Report of the Bombay Veterinary College
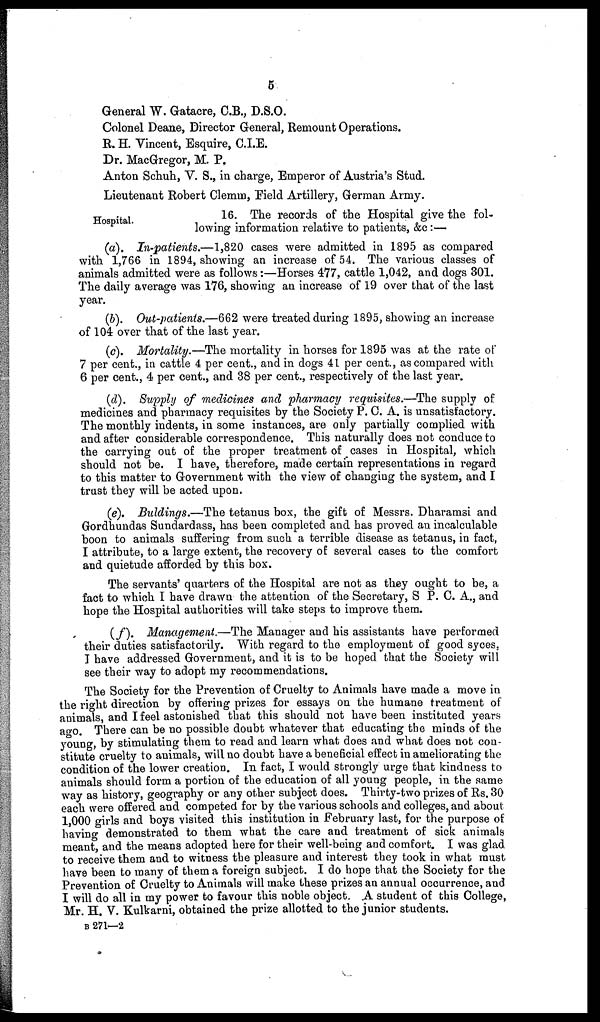
5
General W. Gatacre, C.B., D.S.O.
Colonel Deane, Director General, Remount Operations.
R. H. Vincent, Esquire, C.I.E.
Dr. MacGregor, M. P.
Anton Schuh, V. S., in charge, Emperor of Austria's Stud.
Lieutenant Robert Clemm, Field Artillery, German Army.
Hospital.
16. The records of the Hospital give the following information
(a). In-patients.—1,820 cases were admitted in 1895 as compared
with 1,766 in 1894, showing an increase of 54. The various classes of
animals admitted were as follows:—Horses 477, cattle 1,042, and dogs 301.
The daily average was 176, showing an increase of 19 over that of the last
year.
(b). Out-patients.—662 were treated during 1895, showing an increase
of 104 over that of the last year.
(c). Mortality.—The mortality in horses for 1895 was at the rate of
7 per cent., in cattle 4 per cent., and in dogs 41 per cent., as compared with
6 per cent., 4 per cent., and 38 per cent., respectively of the last year.
(d). Supply of medicines and pharmacy requisites.—The supply of
medicines and pharmacy requisites by the Society P. C. A. is unsatisfactory.
The monthly indents, in some instances, are only partially complied with
and after considerable correspondence. This naturally does not conduce to
the carrying out of the proper treatment of cases in Hospital, which
should not be. I have, therefore, made certain representations in regard
to this matter to Government with the view of changing the system, and I
trust they will be acted upon.
(e). Buldings.—The tetanus box, the gift of Messrs. Dharamsi and
Gordhundas Sundardass, has been completed and has proved an incalculable
boon to animals suffering from such a terrible disease as tetanus, in fact,
I attribute, to a large extent, the recovery of several cases to the comfort
and quietude afforded by this box.
The servants' quarters of the Hospital are not as they ought to be, a
fact to which I have drawn the attention of the Secretary, S P. C. A., and
hope the Hospital authorities will take steps to improve them.
(f). Management.—The Manager and his assistants have performed
their duties satisfactorily. With regard to the employment of good syces,
I have addressed Government, and it is to be hoped that the Society will
see their way to adopt my recommendations.
The Society for the Prevention of Cruelty to Animals have made a move in
the right direction by offering prizes for essays on the humane treatment of
animals, and I feel astonished that this should not have been instituted years
ago. There can be no possible doubt whatever that educating the minds of the
young, by stimulating them to read and learn what does and what does not con-
stitute cruelty to animals, will no doubt have a beneficial effect in ameliorating the
condition of the lower creation. In fact, I would strongly urge that kindness to
animals should form a portion of the education of all young people, in the same
way as history, geography or any other subject does. Thirty-two prizes of Rs. 30
each were offered and competed for by the various schools and colleges, and about
1,000 girls and boys visited this institution in February last, for the purpose of
having demonstrated to them what the care and treatment of sick animals
meant, and the means adopted here for their well-being and comfort. I was glad
to receive them and to witness the pleasure and interest they took in what must
have been to many of them a foreign subject. I do hope that the Society for the
Prevention of Cruelty to Animals will make these prizes an annual occurrence, and
I will do all in my power to favour this noble object. A student of this College,
Mr. H. V. Ku1karni, obtained the prize allotted to the junior students.
B 271—2